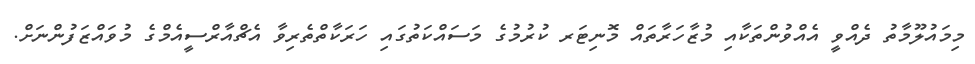
މިމައުލޫމާތު ދެއްވީ އެއްވުންތަކާއި މުޒާހަރާތައް މޮނިޓަރ ކުރުމުގެ މަސައްކަތުގައި ހަރަކާތްތެރިވާ އެޗްއާރްސީއެމްގެ މުވައްޒަފުންނަށް.